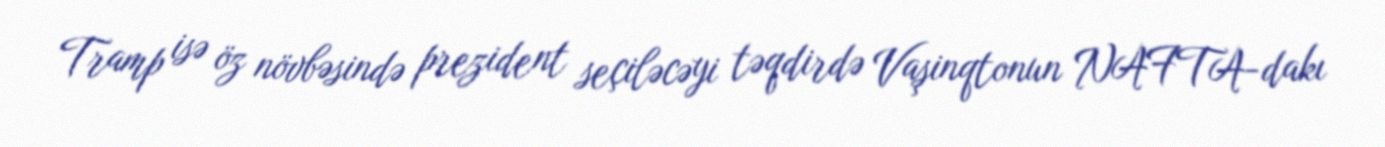
Tramp isə öz növbəsində prezident seçiləcəyi təqdirdə Vaşinqtonun NAFTA-dakı